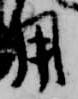
用